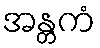
အန္တကံ